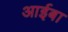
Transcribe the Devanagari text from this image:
आईबा